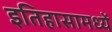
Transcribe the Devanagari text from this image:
इतिहासामध्यें